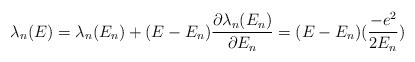
\begin{align*}\lambda_{n}(E) = \lambda_{n}(E_{n}) + (E-E_{n})\frac{\partial \lambda_{n}(E_{n})}{\partial E_{n}} = (E-E_{n})(\frac{-e^{2}}{2E_{n}})\end{align*}